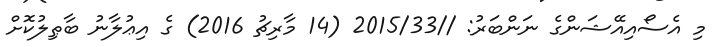
މި އެސޯއިއޭޝަންގެ ނަންބަރު: //2015/33 (14 މާރިޗު 2016) ގެ އިޢުލާނު ބާޠިލުކޮށް